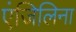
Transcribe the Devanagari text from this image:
एंजिलिना